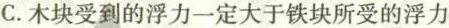
C.木块受到的浮力一定大于铁块所受的浮力